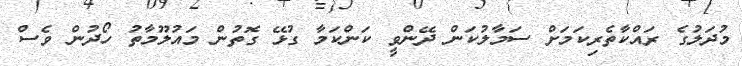
މުދަލުގެ ރައްކާތެރިކަމަށް ސަމާލުކަން ދޭންވީ ކަންކަމާ ގުޅޭ ގޮތުން މައުލޫމާތު ހޯދުން ވެސް